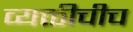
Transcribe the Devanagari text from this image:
व्यक्तीचीच